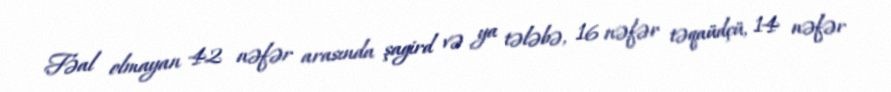
Fəal olmayan 42 nəfər arasında şagird və ya tələbə, 16 nəfər təqaüdçü, 14 nəfər